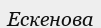
Ескенова